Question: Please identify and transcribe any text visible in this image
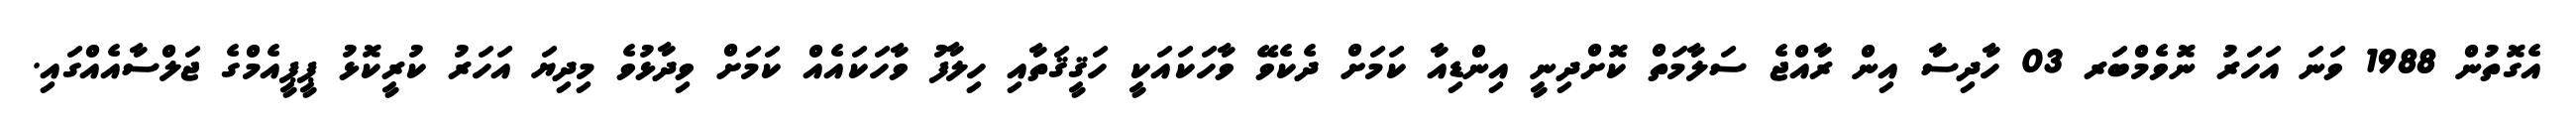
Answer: އެގޮތުން 1988 ވަނަ އަހަރު ނޮވެމްބަރ 03 ހާދިސާ އިން ރާއްޖެ ސަލާމަތް ކޮށްދިނީ އިންޑިއާ ކަމަށް ދެކެވޭ ވާހަކައަކީ ހަޤީޤަތާއި ހިލާފު ވާހަކައެއް ކަމަށް ވިދާޅުވެ މިދިޔަ އަހަރު ކުރީކޮޅު ޕީޕީއެމްގެ ޖަލްސާއެއްގައި.